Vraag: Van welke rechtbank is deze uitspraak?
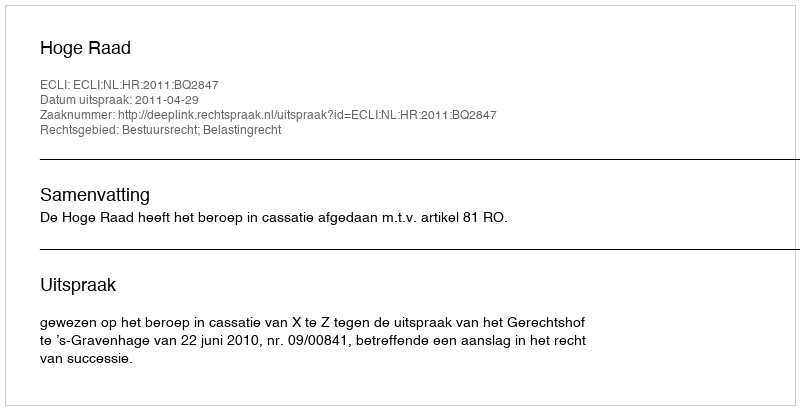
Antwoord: Hoge Raad